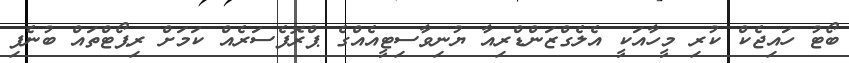
ބޯޓު ހައިޖެކް ކުރި މީހާއަކީ އެލެގްޒަންޑްރިއާ ޔުނިވާސިޓީއެއްގެ ޕްރޮފެސަރެއް ކަމަށް ރިޕޯޓްތައް ބުނެފި